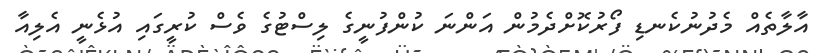
އާލާތެއް މެދުނުކެނޑި ފޯރުކޮށްދެމުން އަންނަ ކުންފުނީގެ ލިސްޓުގެ ވެސް ކުރީގައި އުޅެނީ އެލިއާ